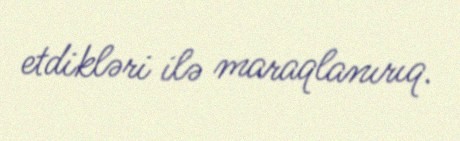
etdikləri ilə maraqlanırıq.